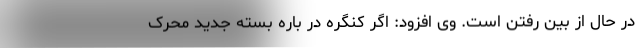
در حال از بین رفتن است. وی افزود: اگر کنگره در باره بسته جدید محرک